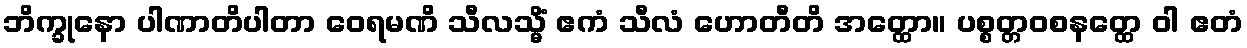
ဘိက္ခုနော ပါဏာတိပါတာ ဝေရမဏိ သီလသ္မိံ ဧကံ သီလံ ဟောတီတိ အတ္ထော။ ပစ္စတ္တဝစနတ္ထေ ဝါ ဧတံ